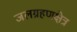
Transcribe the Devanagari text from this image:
जलग्रहणक्षेत्र